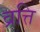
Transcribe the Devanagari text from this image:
व्रत्ति